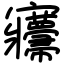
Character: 㝲